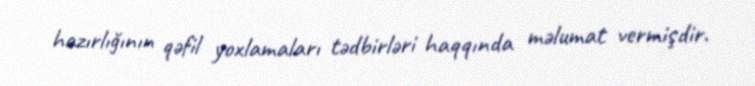
hazırlığının qəfil yoxlamaları tədbirləri haqqında məlumat vermişdir.